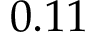
0 . 1 1